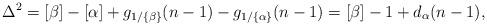
LaTeX: \begin{align*}\Delta^2=[\beta]-[\alpha] + g_{1/\{\beta\}}(n-1) - g_{1/\{\alpha\}}(n-1)= [\beta]-1 + d_\alpha(n-1), \end{align*}